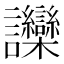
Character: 𬣘